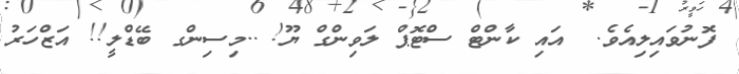
ފޮނުވައިލިއެވެ.  އައި ކާންޓް ސްޓޮޕް ލަވިންގް ޔޫ! ..މިސިންގ ބޭޑްލީ!! އަޒްހަރު